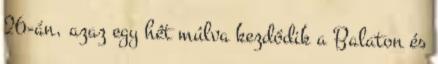
26-án, azaz egy hét múlva kezdődik a Balaton és